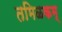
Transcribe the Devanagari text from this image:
तमिळकम्‌